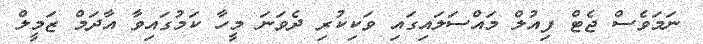
ނަމަވެސް ޖެޓް ފިއުލް މައްސަލައިގައި ވަކިކުރި ދެވަނަ މީހާ ކަމުގައިވާ އާދަމް ޒަމީލް